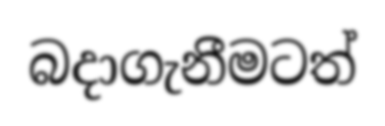
බදාගැනීමටත්